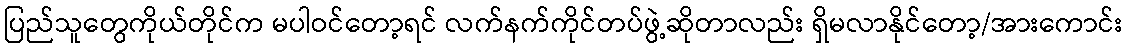
ပြည်သူတွေကိုယ်တိုင်က မပါဝင်တော့ရင် လက်နက်ကိုင်တပ်ဖွဲ့ဆိုတာလည်း ရှိမလာနိုင်တော့/အားကောင်း